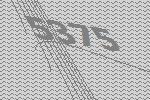
5375